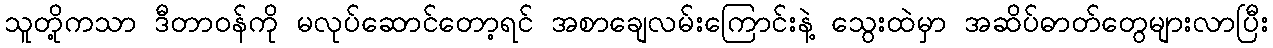
သူတို့ကသာ ဒီတာဝန်ကို မလုပ်ဆောင်တော့ရင် အစာချေလမ်းကြောင်းနဲ့ သွေးထဲမှာ အဆိပ်ဓာတ်တွေများလာပြီး